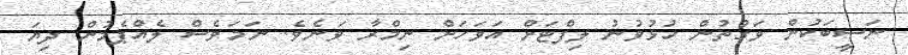
ނަސީބަކުން ވަގުތުން ހުޅުވުނު ލިފްޓަށް އަވަހަށް ނިމްރާ ވަނެވެ. ނަމަވެސް ލެއްޕެމުން ދިޔަ